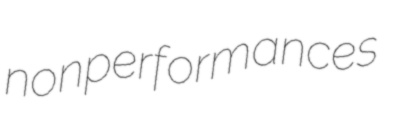
nonperformances